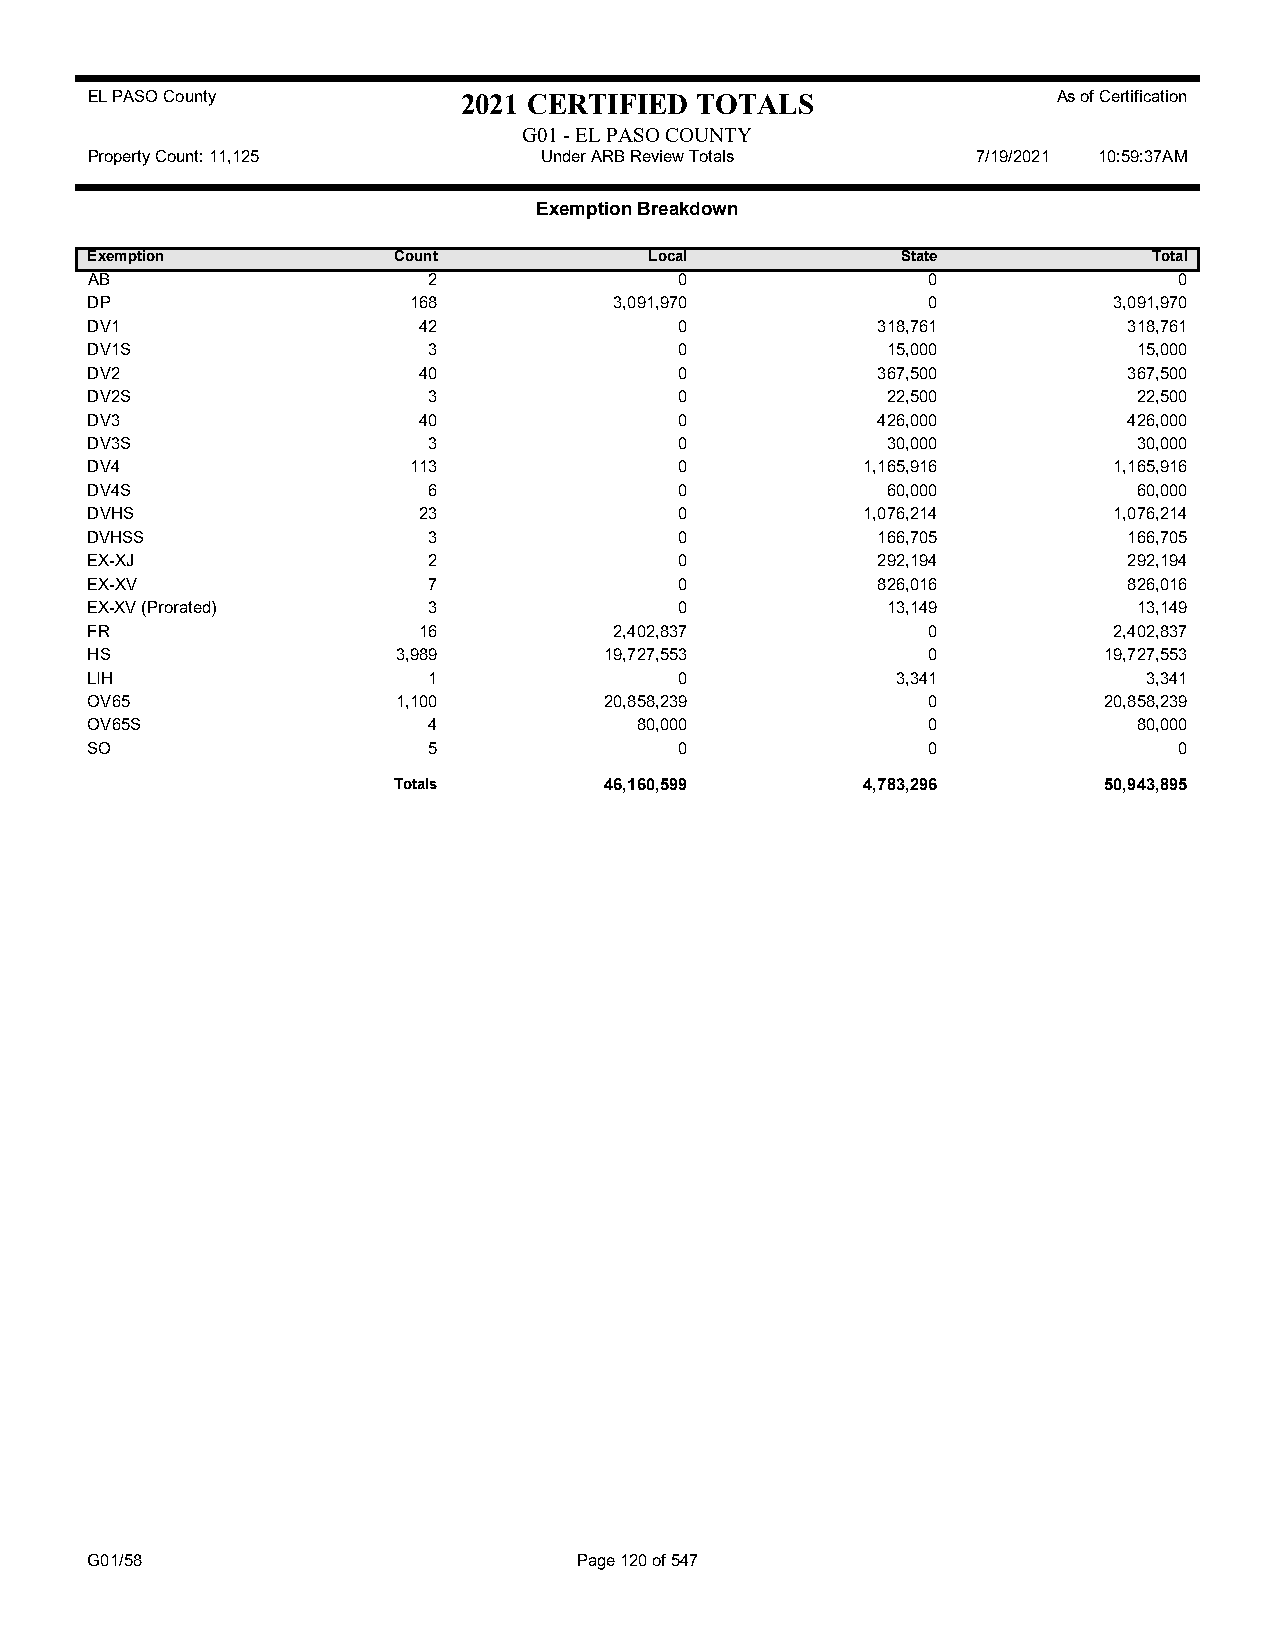
EL PASO County           2021 CERTIFIED TOTALS                  As of Certification
 G01 - EL PASO COUNTY
 Property Count: 11,125        Under ARB Review Totals      7/19/2021 10:59:37AM
 Exemption Breakdown
 Exemption           Count            Local            State           Total
 AB                    2                0               0                0
 DP                   168           3,091,970           0            3,091,970
 DV1                   42               0            318,761          318,761
 DV1S                  3                0             15,000          15,000
 DV2                   40               0            367,500          367,500
 DV2S                  3                0             22,500          22,500
 DV3                   40               0            426,000          426,000
 DV3S                  3                0             30,000          30,000
 DV4                  113               0           1,165,916        1,165,916
 DV4S                  6                0             60,000          60,000
 DVHS                  23               0           1,076,214        1,076,214
 DVHSS                 3                0            166,705          166,705
 EX-XJ                 2                0            292,194          292,194
 EX-XV                 7                0            826,016          826,016
 EX-XV (Prorated)      3                0             13,149          13,149
 FR                    16           2,402,837           0            2,402,837
 HS                  3,989         19,727,553           0           19,727,553
 LIH                   1                0             3,341            3,341
 OV65                1,100         20,858,239           0           20,858,239
 OV65S                 4             80,000             0             80,000
 SO                    5                0               0                0
 Totals        46,160,599       4,783,296       50,943,895
 G01/58                          Page 120 of 547